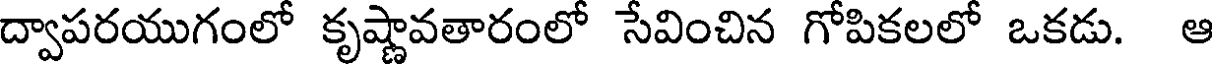
ద్వాపరయుగంలో కృష్ణావతారంలో సేవించిన గోపికలలో ఒకడు. ఆ